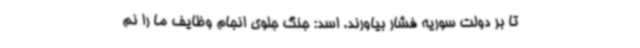
تا بر دولت سوریه فشار بیاورند. اسد: جنگ جلوی انجام وظایف ما را نم